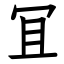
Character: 冝